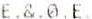
E.&.0.E.